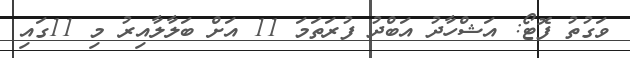
ވަގުތު ފޮޓޯ: އަޝްހާދު އަބްދު ފުރަތަމަ 11 އަށް ބަލާލާއިރު މި 11ގައި